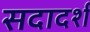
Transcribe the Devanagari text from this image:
सदादर्श